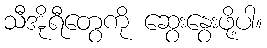
သီအိုရီတွေကို ဆွေးနွေးဖို့ပါ။